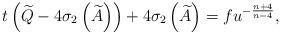
LaTeX: \begin{align*}t\left( \widetilde{Q}-4\sigma _{2}\left( \widetilde{A}\right) \right)+4\sigma _{2}\left( \widetilde{A}\right) =fu^{-\frac{n+4}{n-4}},\end{align*}